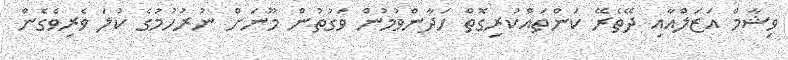
ވިޝާމް އަޒަލްއާއި ދޭތެރޭ ކަންތައްކުރިގޮތް ހަދާންވުމުން ވަގުތުން މޫނަށް ނުރުހުމުގެ ކުލަ ވެރިވެގެން